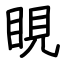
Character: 睍